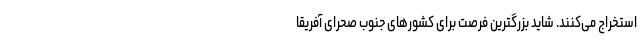
استخراج می‌کنند. شاید بزرگترین فرصت برای کشورهای جنوب صحرای آفریقا